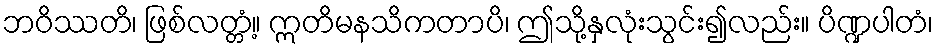
ဘဝိဿတိ၊ ဖြစ်လတ္တံ့။ ဣတိမနသိကတာပိ၊ ဤသို့နှလုံးသွင်း၍လည်း။ ပိဏ္ဍပါတံ၊